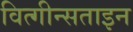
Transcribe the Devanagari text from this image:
वित्गीन्सताइन